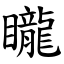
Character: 矓